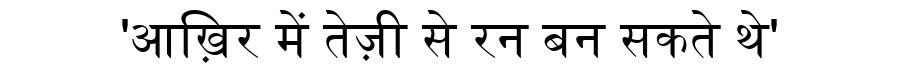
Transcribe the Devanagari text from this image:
'आख़िर में तेज़ी से रन बन सकते थे'